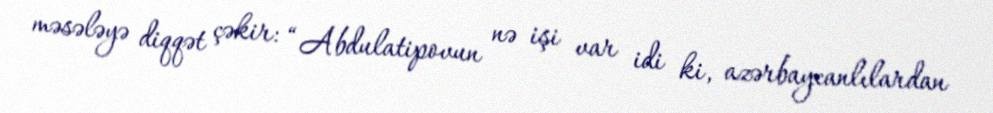
məsələyə diqqət çəkir: “Abdulatipovun nə işi var idi ki, azərbaycanlılardan